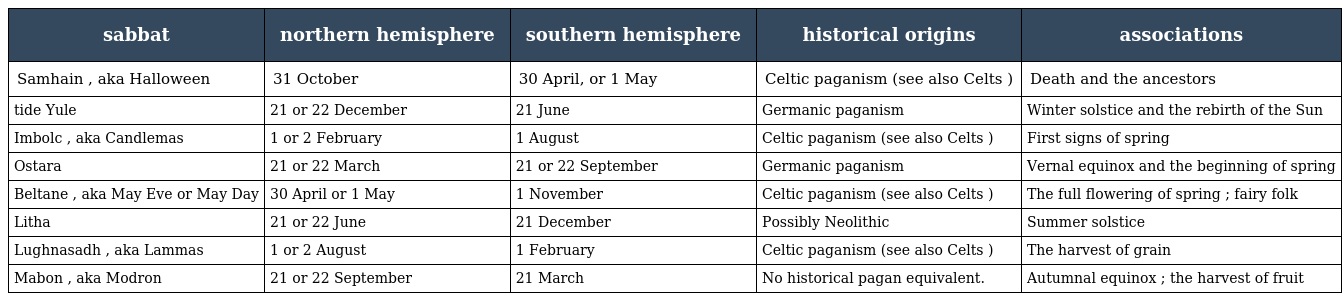
| sabbat | northern hemisphere | southern hemisphere | historical origins | associations |
 | --- | --- | --- | --- | --- |
 | Samhain , aka Halloween | 31 October | 30 April, or 1 May | Celtic paganism (see also Celts ) | Death and the ancestors |
 | tide Yule | 21 or 22 December | 21 June | Germanic paganism | Winter solstice and the rebirth of the Sun |
 | Imbolc , aka Candlemas | 1 or 2 February | 1 August | Celtic paganism (see also Celts ) | First signs of spring |
 | Ostara | 21 or 22 March | 21 or 22 September | Germanic paganism | Vernal equinox and the beginning of spring |
 | Beltane , aka May Eve or May Day | 30 April or 1 May | 1 November | Celtic paganism (see also Celts ) | The full flowering of spring ; fairy folk |
 | Litha | 21 or 22 June | 21 December | Possibly Neolithic | Summer solstice |
 | Lughnasadh , aka Lammas | 1 or 2 August | 1 February | Celtic paganism (see also Celts ) | The harvest of grain |
 | Mabon , aka Modron | 21 or 22 September | 21 March | No historical pagan equivalent. | Autumnal equinox ; the harvest of fruit |